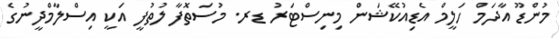
މުންޑޫ އާދަމް ހަލީމް އެޑިއުކޭޝަން މިނިސްޓަރު ޑރ. މުސަތޮފާ ލުތުފީ އަކީ އިސްލާމްދީނުގެ